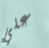
علي